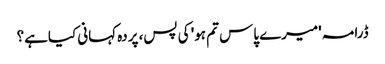
ڈرامہ 'میرے پاس تم ہو' کی پس، پردہ کہانی کیاہے؟